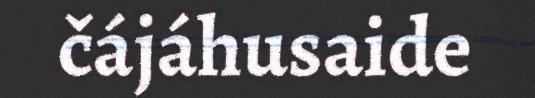
čájáhusaide